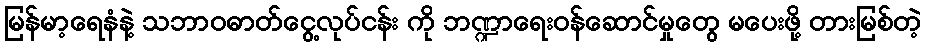
မြန်မာ့ရေနံနဲ့ သဘာဝဓာတ်ငွေ့လုပ်ငန်း ကို ဘဏ္ဍာရေးဝန်ဆောင်မှုတွေ မပေးဖို့ တားမြစ်တဲ့